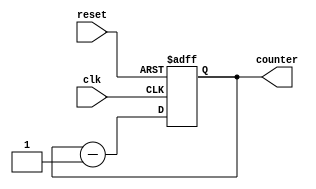
module Down_Counter(input clk, reset, output [3:0] counter
    );
reg [3:0] counter_down;

// down counter
always @(posedge clk or posedge reset)
begin
if(reset)
 counter_down <= 4'hf;
else
 counter_down <= counter_down - 4'd1;
end 
assign counter = counter_down;
endmodule